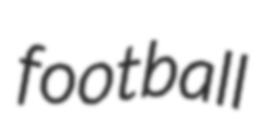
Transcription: football